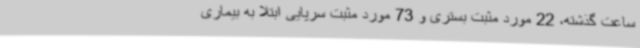
ساعت گذشته، 22 مورد مثبت بستری و 73 مورد مثبت سرپایی ابتلا به بیماری